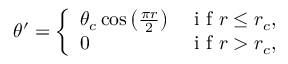
\theta ^ { \prime } = \left\{ \begin{array} { l l } { \theta _ { c } \cos \left( \frac { \pi r } { 2 } \right) } & { \mathrm { ~ i ~ f ~ } r \leq r _ { c } , } \\ { 0 } & { \mathrm { ~ i ~ f ~ } r > r _ { c } , } \end{array} \right.